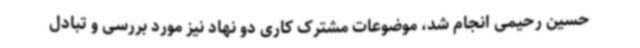
حسین رحیمی انجام شد، موضوعات مشترک کاری دو نهاد نیز مورد بررسی و تبادل